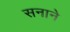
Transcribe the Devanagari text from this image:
सनाने